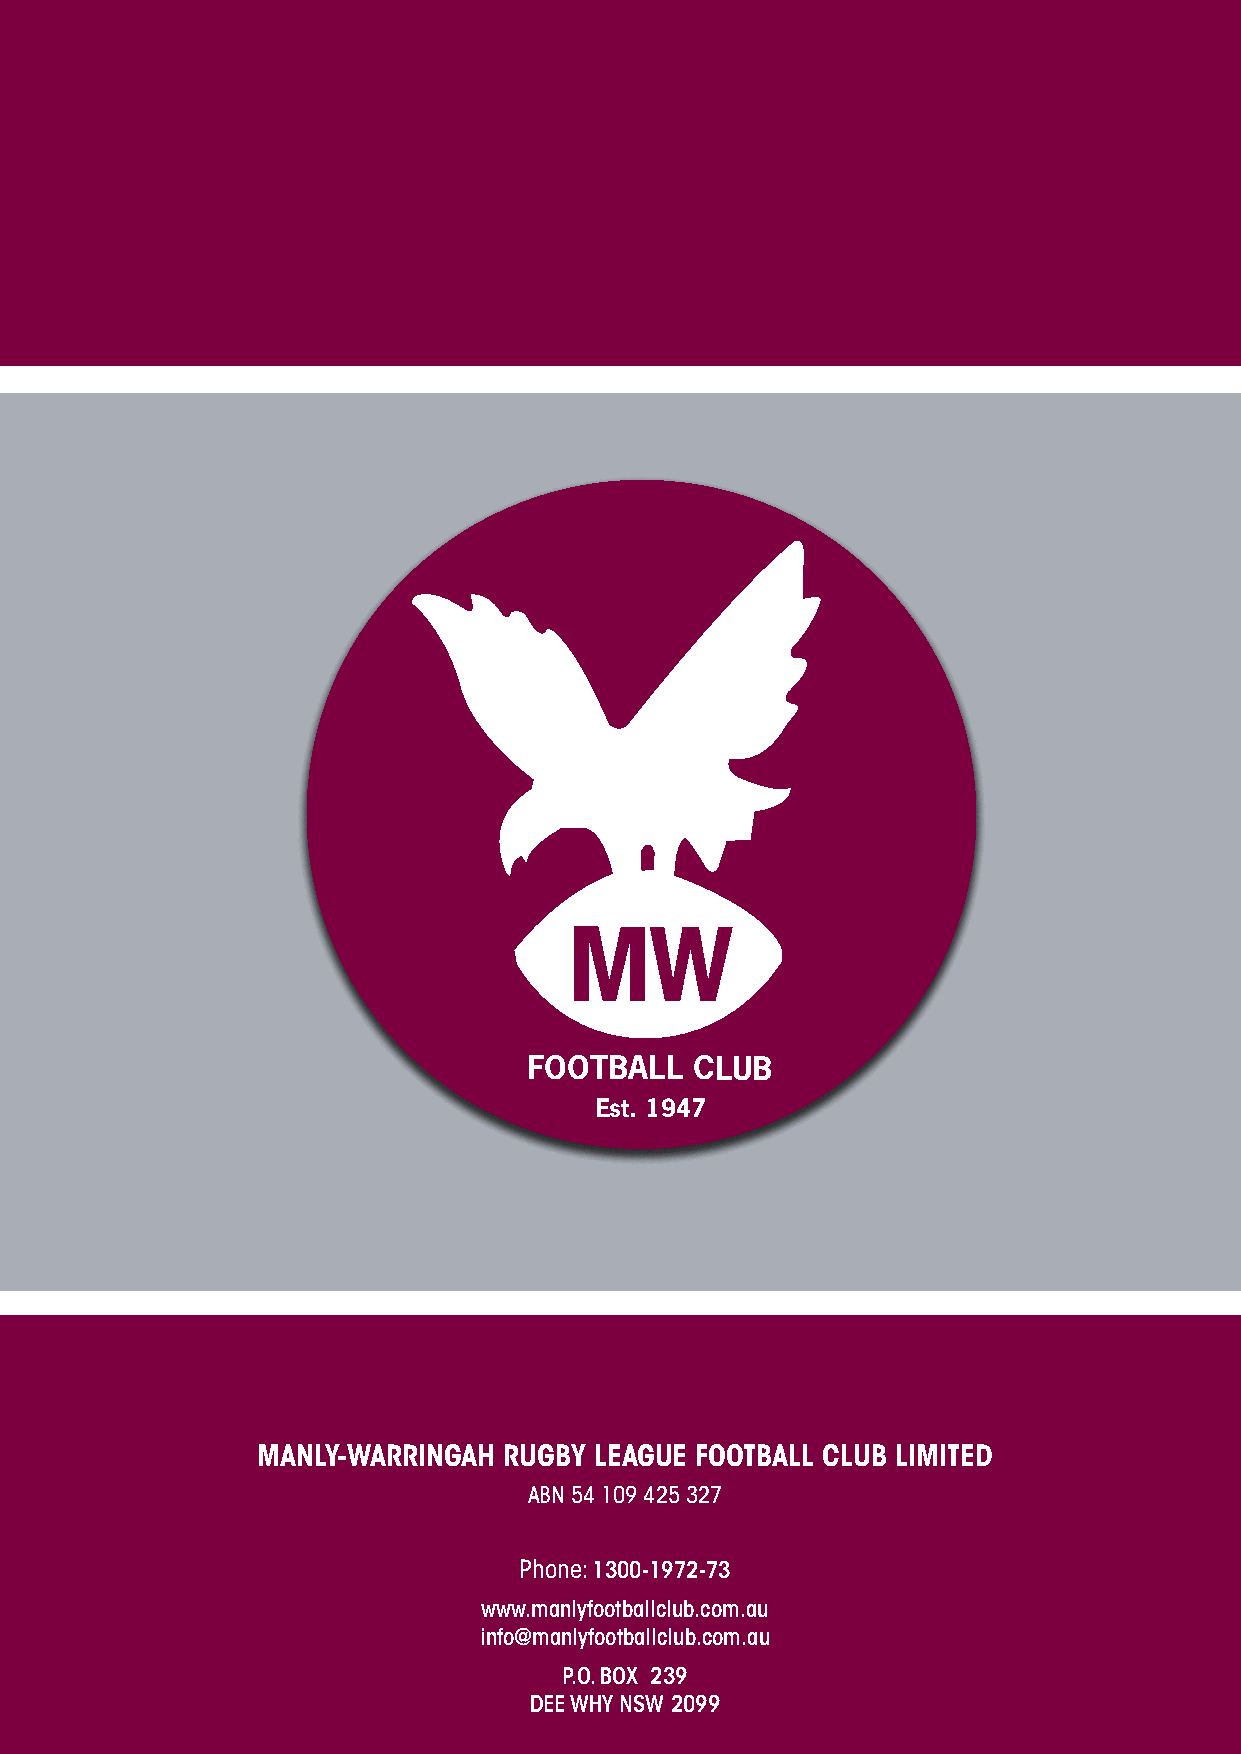
MW
 FOOTBALL   CLUB
 Est. 1947
 MANLY-WARRINGAH RUGBY LEAGUE FOOTBALL CLUB LIMITED
 ABN 54 109 425 327
 Phone: 1300-1972-73
 www.manlyfootballclub.com.au
 info@manlyfootballclub.com.au
 P.O. BOX 239
 DEE WHY NSW 2099